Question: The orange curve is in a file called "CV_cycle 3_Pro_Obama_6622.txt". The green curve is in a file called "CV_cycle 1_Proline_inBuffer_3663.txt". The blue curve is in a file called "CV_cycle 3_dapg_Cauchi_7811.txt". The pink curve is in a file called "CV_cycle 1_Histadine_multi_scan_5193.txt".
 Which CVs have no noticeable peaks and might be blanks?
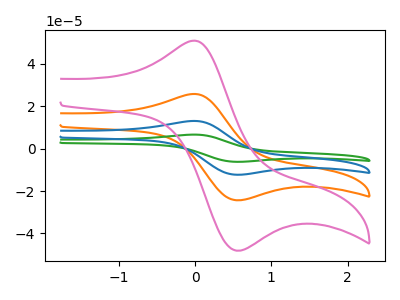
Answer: <think>The orange curve "Pro cycle 3" has an anodic peak at (-0.05V, 25.70uA) and a cathodic peak at (0.60V, -24.35uA). The green curve "Proline cycle 1" has an anodic peak at (-0.05V, 77.15uA) and a cathodic peak at (0.60V, -73.00uA). The blue curve "dapg cycle 3" has an anodic peak at (-0.05V, 51.45uA) and a cathodic peak at (0.60V, -48.65uA). The pink curve "Histadine cycle 1" has an anodic peak at (-0.05V, 50.80uA) and a cathodic peak at (0.60V, -48.05uA).</think>
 <answer>There are not any CV's on this graph that are likely to be blanks.</answer>
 <eval>none</eval>